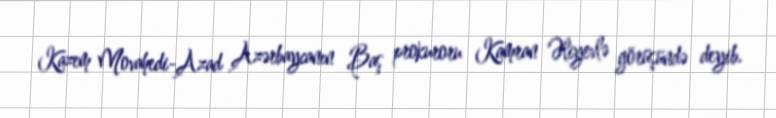
Kazem Movahedi-Azad Azərbaycanın Baş prokuroru Kamran Əliyevlə görüşündə deyib.